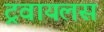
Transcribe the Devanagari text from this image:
ट्रवायलस